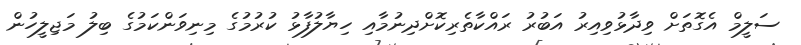
ސަލީމް އެގޮތަށް ވިދާޅުވިއިރު އަބުރު ރައްކާތެރިކޮށްދިނުމާއި ހިޔާލުފާޅު ކުރުމުގެ މިނިވަންކަމުގެ ބިލު މަޖިލީހުން